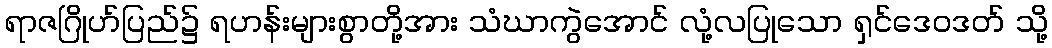
ရာဇဂြိုဟ်ပြည်၌ ရဟန်းများစွာတို့အား သံဃာကွဲအောင် လုံ့လပြုသော ရှင်ဒေဝဒတ် သို့